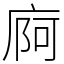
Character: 㢌